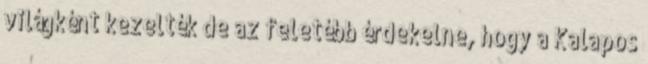
világként kezelték de az feletébb érdekelne, hogy a Kalapos